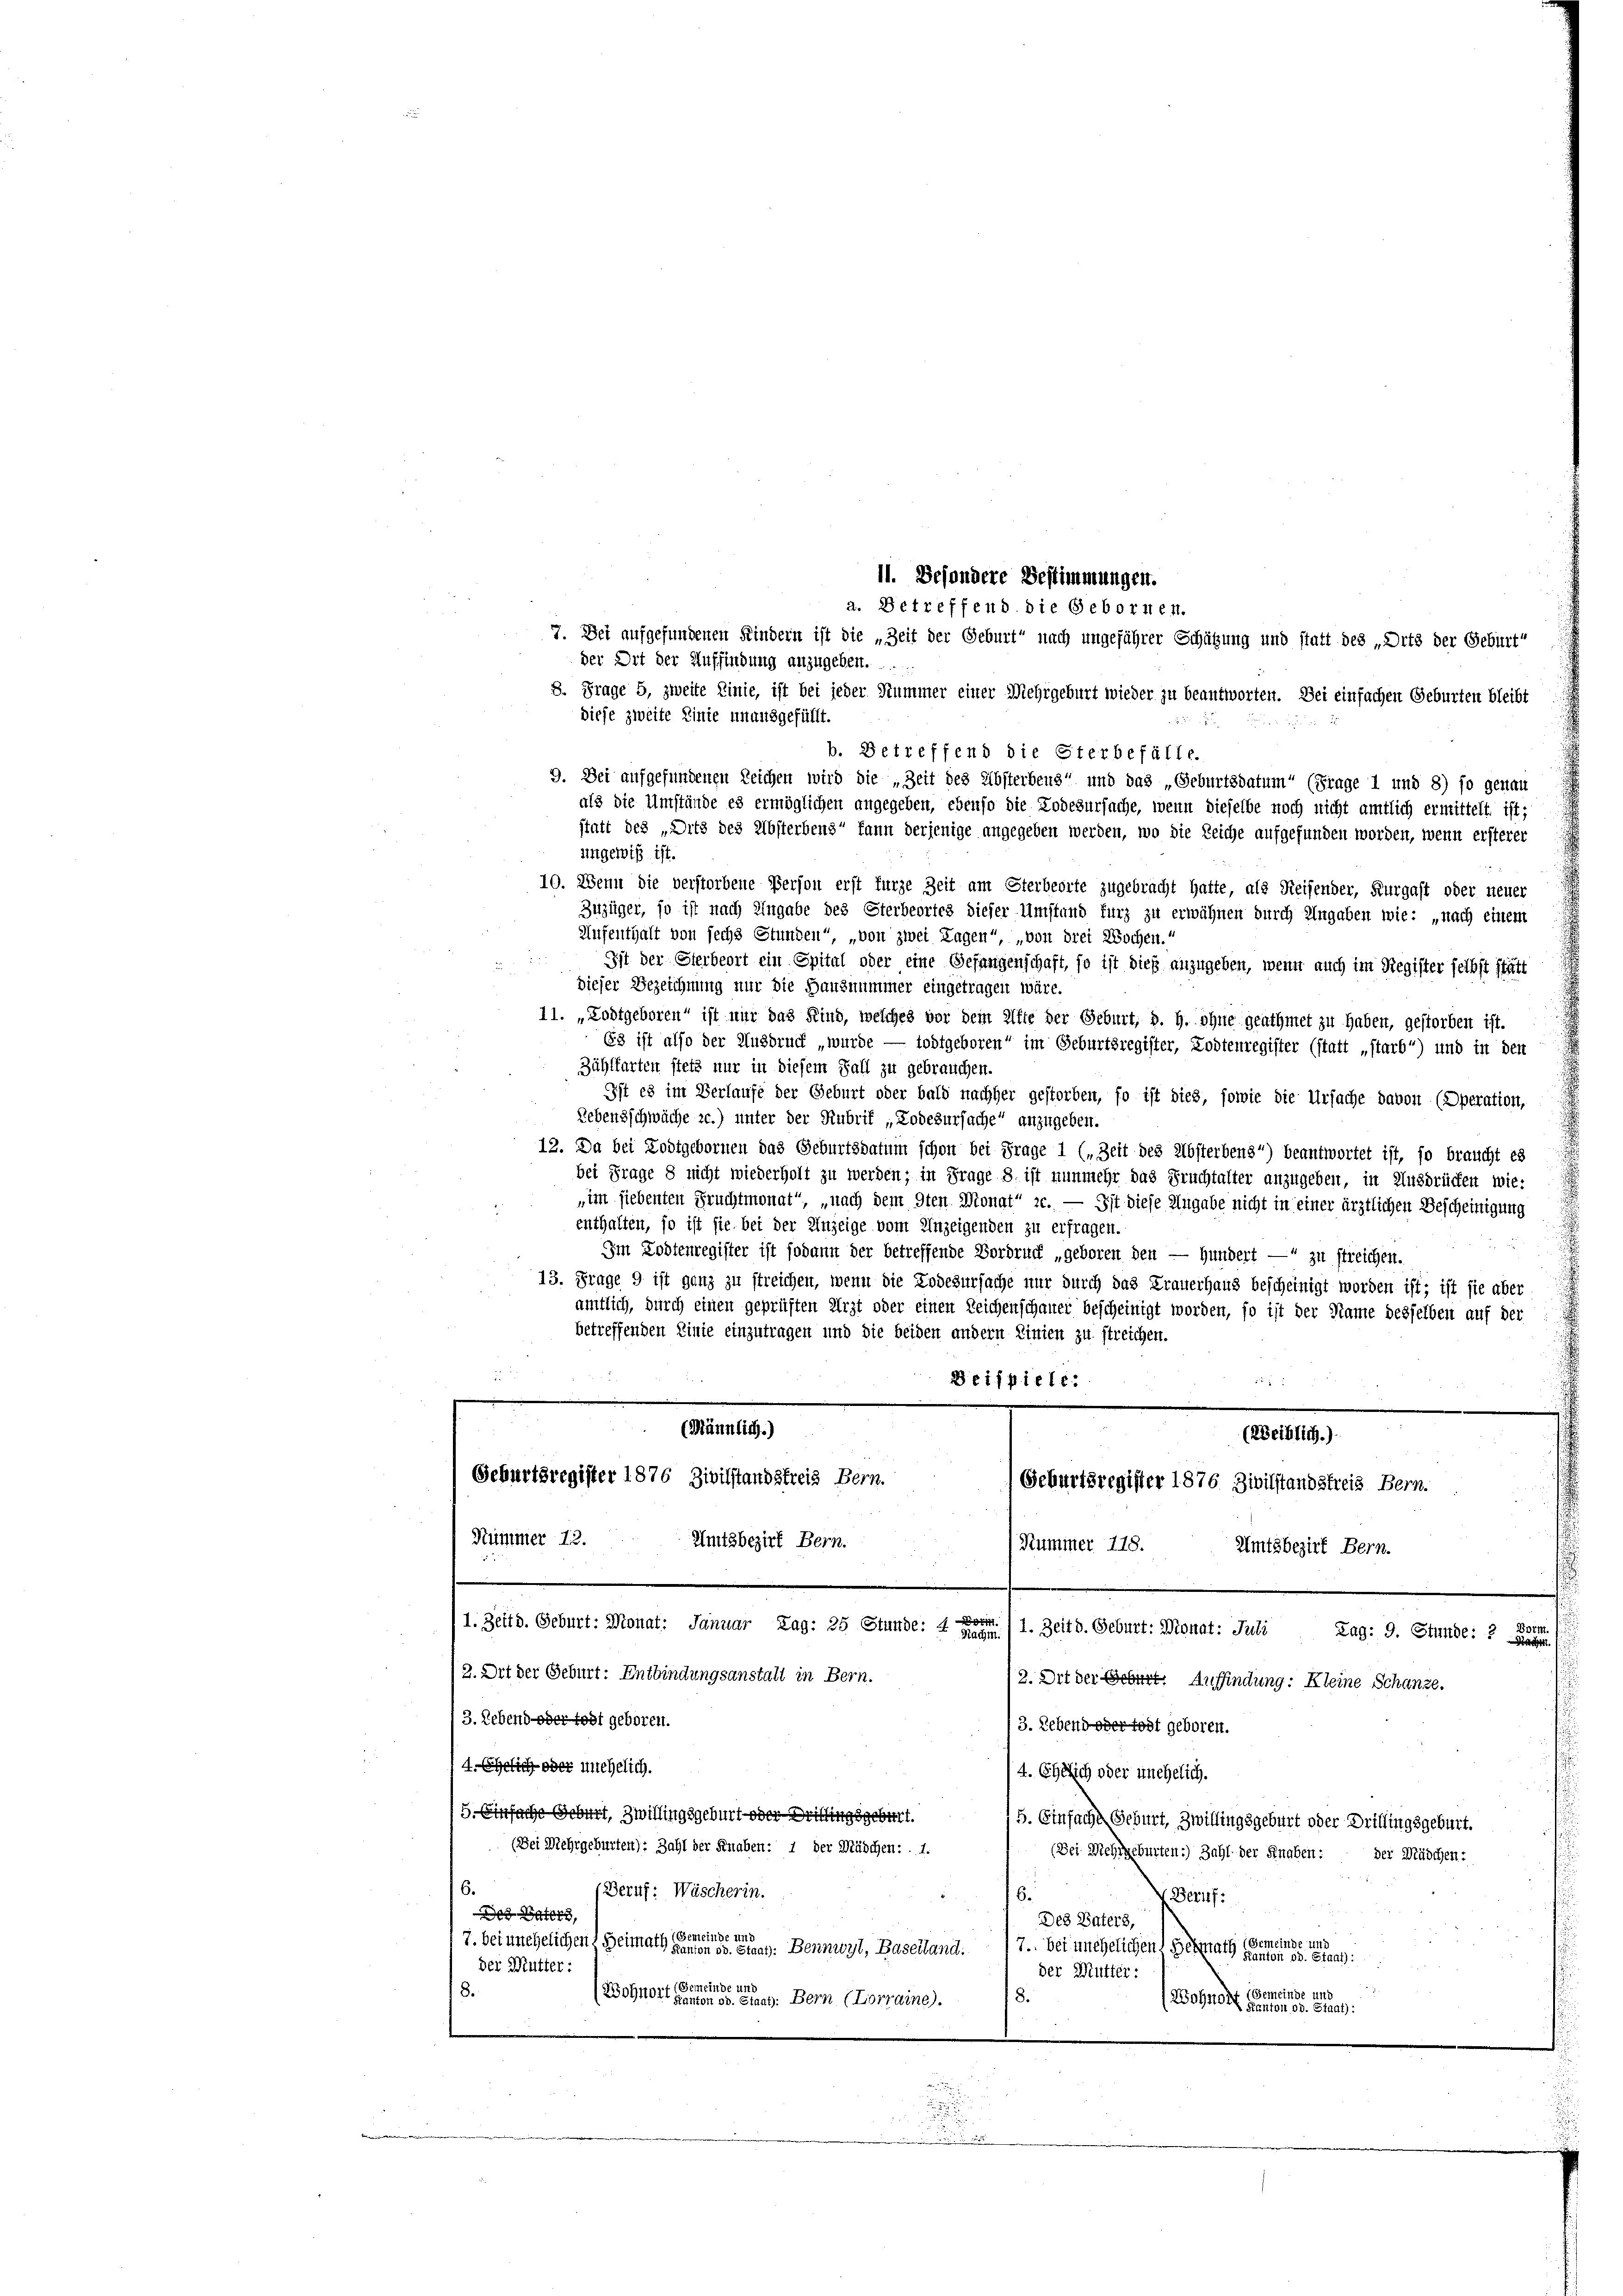
der Ort der Auffindung anzugeben......
8. Frage 5, zweite Linie, ist bei jeder Hummer einer Mehrgeburt wieder zu beantworten. Sei einfachen Geburten bleibt
diese zweite Linie unausgefüllt.
ungewiß ist.
Zuzüger, so ist nach Angabe des Sterbeortes dieser Umstand furz zu erwähnen durch Ungaben wie: „nach einem
Aufenthalt von sechs Stunden“, „von zwei Tagen“, „von drei Wochen.“
Ist der Sterbeort ein Spital oder eine Gefangenschaft, so ist dies anzugeben, wenn auch im Register selbst statt
dieser Bezeichnung nur die Hanznummer eingetragen wäre.
11. „Zodtgeboren“ ist nur das Kind, welches vor dem elfte der Geburt, d. h. ohne geathmet zu haben, gestorben ist.
63 ist also der Ausdruck „wurde — todtgeboren“ im Geburtsregister, Lodtenregister (statt „starb “) und in den
Zählfarten stets nur in diesem Fall zu gebrauchen.
Ist es im Verlaufe der Geburt oder bald nachher gestorben, so ist dies, sowie die Ursache davon (Operation,
Lebensschwäche zc.) unter der Rubrik „Lodesursache“ anzugeben.
12. Da bei Zodtgebornen das Geburtsdatum schon bei Frage 1 („Zeit des Absterbens) beantwortet ist, so braucht es
bei Frage 8 nicht wiederholt zu werden; in Frage 8. ist nunmehr das Fruchtalter anzugeben, in Ausdrücken wie:
„im hiebenten Fruchtmonat“, „nach dem 9ten Monat“ zc. — Ist diese Angabe nicht in einer ärztlichen Bescheinigung
enthalten, so ist sie bei der Anzeige vom Unzeigenden zu erfragen.
u
Im Todtenregister ist sodann der betreffende Vordruck „geboren den — Hundert — zu streichen.
13. Frage 9 ist ganz zu streichen, wenn die Todesursache nur durch das Frauerhaus bescheinigt worden ist; ist sie aber
amtlich, durch einen geprüften Arzt oder einen Reichenschauer bescheinigt worden, so ist der Name desselben auf der
betreffenden Linie einzutragen und die beiden andern Linien zu streichen.

Deispiele.
(Männlich.)
(Weiblich.)
Geburtsregister 1876 Zivilstandstreis Bern.
Geburtsregister 1876 Zivilstandstreis Bern.
Nummer 12.
Amtsbezirk Bern.
Kummer 778.
Umtsbezirk Bern.
u
1. Zeit d. Geburt: Monat: Januar Lag: 25 Stunde: 4 Fr. 1. Zeit d. Geburt: Monat: Juli Zag: 9. Stunde: 2 BG.
(2. Dit der Geburt: Entbindungsanstalt in Bern.
12. Ort der Geburt. Auffindung: Kleine Schanze.
3. Lebend oder todt geboren.
3. Lebend oder todt geboren.
(4. Ehelich oder unehelich.
/4. Ehelich oder unehelich.
5. Einfache Geburt, Zwillingsgeburt oder Drittingsgebiert.
5. Einfache Geburt, Zwillingsgeburt oder Dritlingsgeburt.
(Bei Mehrgeburten): Zahl der Knaben: 1 der Mädchen: 1.
(Bei Mehrgeburten:) Zahl der Knaben: der Mädchen:
6.
(Beruf: Wäscherin.
6.
 Beruf:
Des Paters,
Des Vaters,
einde und
(Gemeinde und
/7. bei unehelichen Heimathe die Bennwyl, Baselland.
7. bei unehelichen Berath einen Staa
der Mutter:
der Mutter:
(Sei
einde ur
8.
Gemeinde und
(Schnortete er eines trag: Bern (Lorraine.
(Wohnort eines Staat

b. Betreffend die Sterbefälle.
9. Dei aufgefundenen Reichen wird die „Zeit des Absterbens“ und das „Geburtsdatum“ (Frage 1 und 8) so genau
als die Umstände es ermöglichen angegeben, ebenso die Todesursache, wenn dieselbe noch nicht amtlich ermittelt ist;
statt des „Ditz des Absterbens“ kann derjenige angegeben werden, wo die Reiche aufgefunden worden, wenn ersterer
10. Wenn die verstorbene Person erst furze Zeit am Sterbeorte zugebracht hatte, als Reifender, Kurgast oder neuer

11. Besondere Bestimmungen.
a. Betreffend die Gebornen.
7. Bei aufgefundenen Kindern ist die „Zeit der Geburt nach ungeführer Schätzung und statt des „Dits der Gebint“